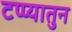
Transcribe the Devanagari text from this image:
टप्प्यातुन